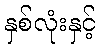
နှစ်လုံးနှင့်